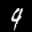
Label: 9